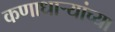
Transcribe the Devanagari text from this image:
कणाधाऱ्यांच्या